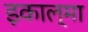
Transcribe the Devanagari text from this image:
इकाल्मा